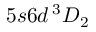
5 s 6 d \, ^ { 3 } D _ { 2 }